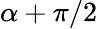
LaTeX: \alpha+\pi/2